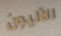
الآليون